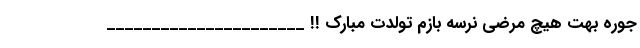
جوره بهت هیچ مرضی نرسه بازم تولدت مبارک !! ______________________